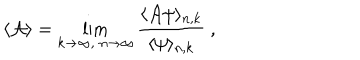
LaTeX: \langle { \cal A } \rangle = \lim _ { k \to \infty , \; n \to \infty } { \frac { \langle { \cal A } \psi \rangle _ { n , k } } { \langle \psi \rangle _ { n , k } } } \ ,